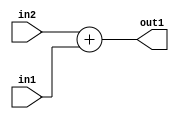
`timescale 1ps / 1ps
/*****************************************************************************
    Verilog RTL Description
    
    
    Created by: Stratus DpOpt 2019.1.01 
*******************************************************************************/

module pw_feature_addr_gen_Add_8Ux1U_8U_4 (
	in2,
	in1,
	out1
	); /* architecture "behavioural" */ 
input [7:0] in2;
input  in1;
output [7:0] out1;
wire [7:0] asc001;

assign asc001 = 
	+(in2)
	+(in1);

assign out1 = asc001;
endmodule

/* CADENCE  ubDwQw4= : u9/ySgnWtBlWxVPRXgAZ4Og= ** DO NOT EDIT THIS LINE ******/